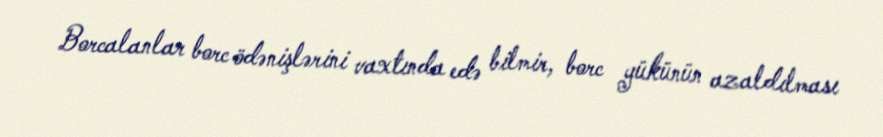
Borcalanlar borc ödənişlərini vaxtında edə bilmir, borc yükünün azaldılması